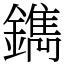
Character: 鐫